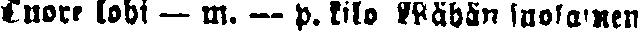
Tuore lohi — m. — p. kilo Wähän suolainen